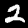
Digit: 2